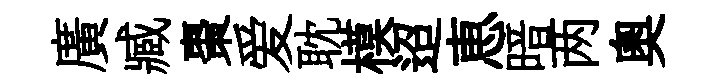
廣臧棗爱耽模迢恵暗两奥